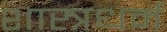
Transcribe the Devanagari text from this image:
शास्त्रधर्म